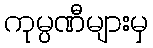
ကုမ္ပဏီများမှ